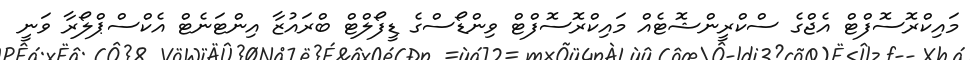
މައިކްރޮސޮފްޓް އެޖްގެ ސްކްރީންޝޮޓެއް މައިކްރޮސޮފްޓް ވިންޑޯސްގެ ޑީފޯލްޓް ބްރައުޒާ އިންޓަނެޓް އެކްސްޕްލޯރާ ވަނީ